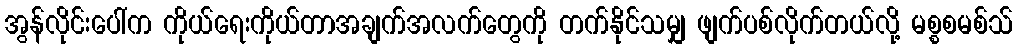
အွန်လိုင်းပေါ်က ကိုယ်ရေးကိုယ်တာအချက်အလက်တွေကို တက်နိုင်သမျှ ဖျက်ပစ်လိုက်တယ်လို့ မစ္စစမစ်သ်